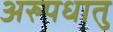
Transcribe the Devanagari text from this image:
अरुपधातु